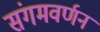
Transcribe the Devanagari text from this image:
संगमवर्णन